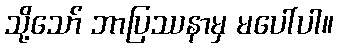
သို့သော် ဘာပြဿနာမှ မပေါ်ပါ။